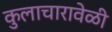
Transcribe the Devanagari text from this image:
कुलाचारावेळी